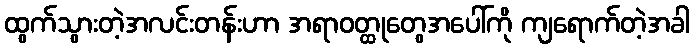
ထွက်သွားတဲ့အလင်းတန်းဟာ အရာဝတ္ထုတွေအပေါ်ကို ကျရောက်တဲ့အခါ